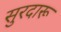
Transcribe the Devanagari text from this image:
सुरदारू